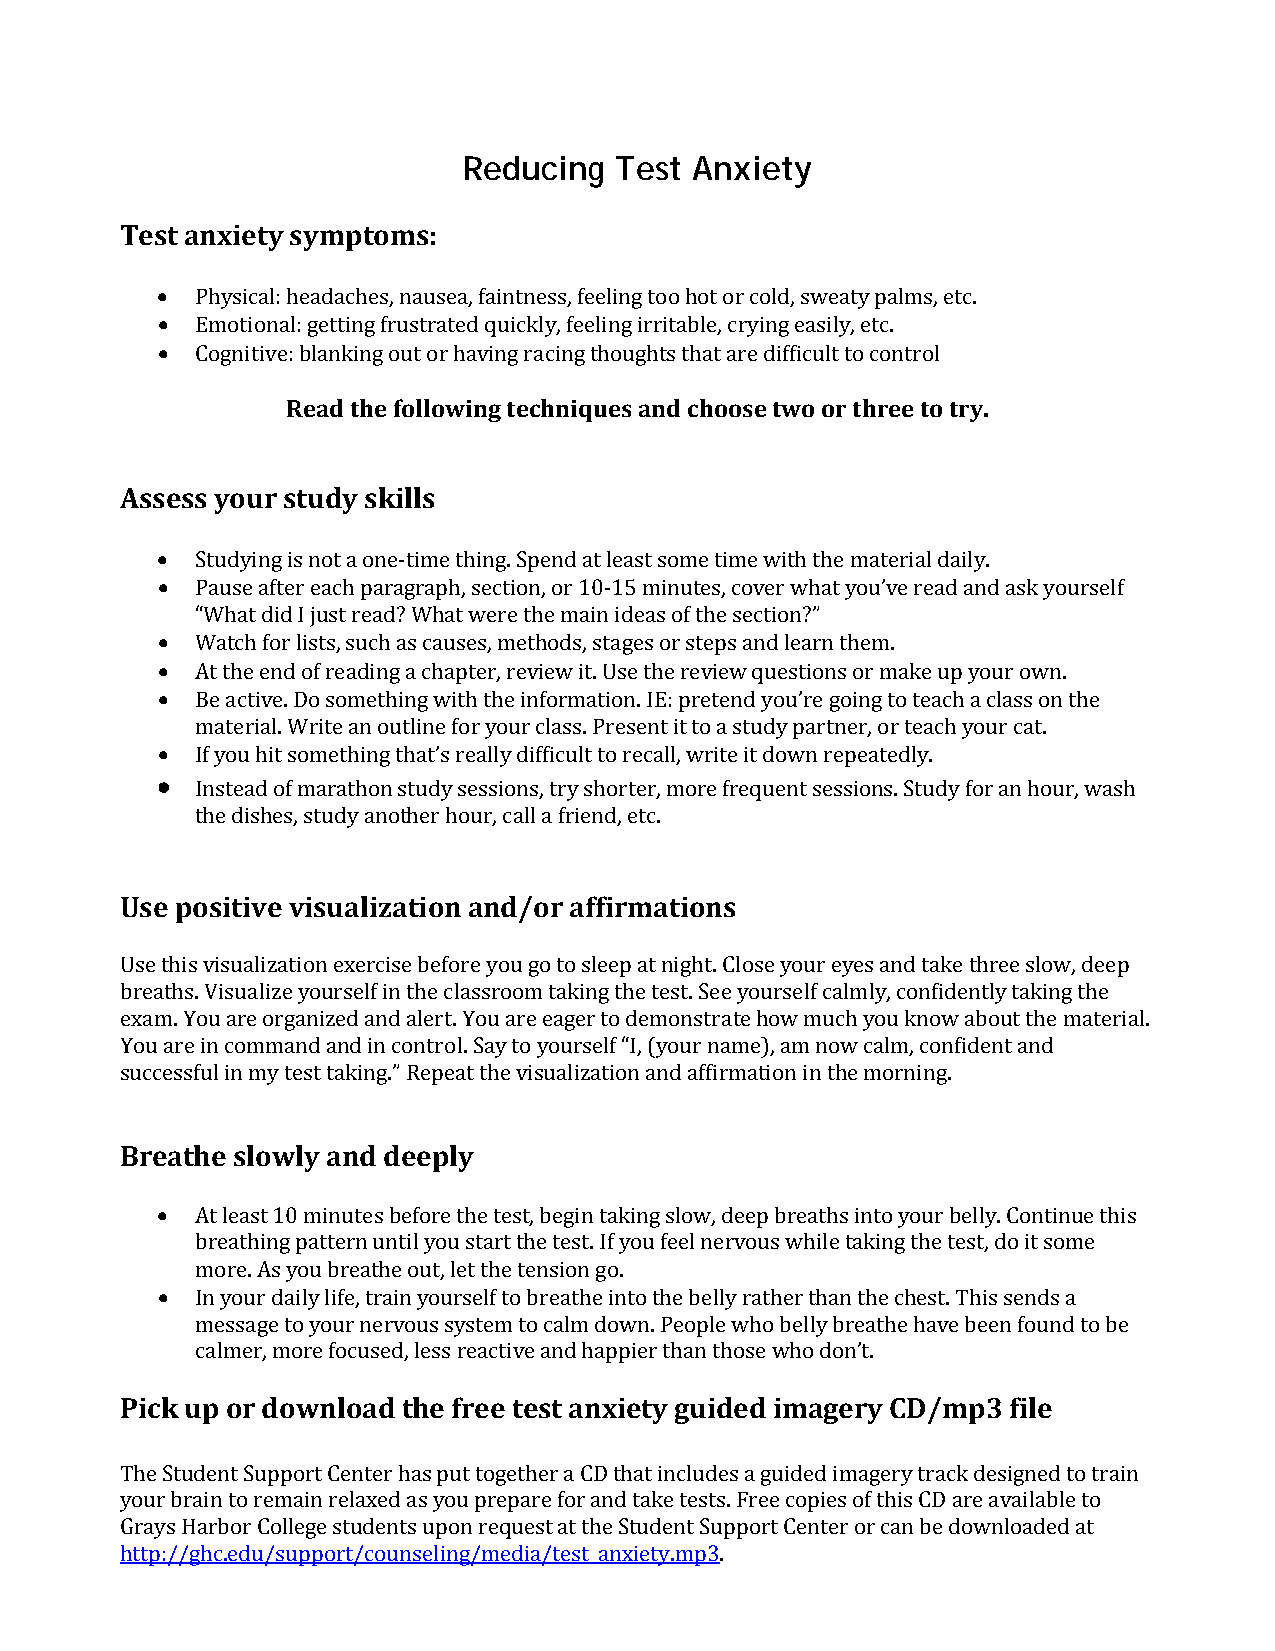
Reducing  Test Anxiety
 Test anxiety symptoms:
 •
 •
 •  Physical: headaches, nausea, faintness, feeling too hot or cold, sweaty palms, etc.
 Emotional: getting frustrated quickly, feeling irritable, crying easily, etc.
 CognitiveR: belaandk tihnge ofuotl loorw hianvgin tge rcahcinnigq tuheosu gahntds tchhaot aorsee d tiwffiocu oltr t oth croenetr tool try.
 A ssess your study skills
 •
 •
 Studying is not a one-time thing. Spend at least some time with the material daily.
 •  Pause after each paragraph, section, or 10-15 minutes, cover what you’ve read and ask yourself
 •  “What did I just read? What were the main ideas of the section?”
 •  Watch for lists, such as causes, methods, stages or steps and learn them.
 At the end of reading a chapter, review it. Use the review questions or make up your own.
 •  Be active. Do something with the information. IE: pretend you’re going to teach a class on the
 •  material. Write an outline for your class. Present it to a study partner, or teach your cat.
 If you hit something that’s really difficult to recall, write it down repeatedly.
 Instead of marathon study sessions, try shorter, more frequent sessions. Study for an hour, wash
 the dishes, study another hour, call a friend, etc.
 Use positive visualization and/or affirmations
 Use this visualization exercise before you go to sleep at night. Close your eyes and take three slow, deep
 breaths. Visualize yourself in the classroom taking the test. See yourself calmly, confidently taking the
 exam. You are organized and alert. You are eager to demonstrate how much you know about the material.
 You are in command and in control. Say to yourself “I, (your name), am now calm, confident and
 successful in my test taking.” Repeat the visualization and affirmation in the morning.
 B reathe slowly and deeply
 •
 At least 10 minutes before the test, begin taking slow, deep breaths into your belly. Continue this
 •  breathing pattern until you start the test. If you feel nervous while taking the test, do it some
 more. As you breathe out, let the tension go.
 In your daily life, train yourself to breathe into the belly rather than the chest. This sends a
 message to your nervous system to calm down. People who belly breathe have been found to be
 Pick ucpal moerr d, moowren folocuasded t, hleess frreeacet itvee sant da hnaxpipeietry t hgauni tdhoesde wimhoa dgoenr’ty. CD/mp3 file
 The Student Support Center has put together a CD that includes a guided imagery track designed to train
 your brain to remain relaxed as you prepare for and take tests. Free copies of this CD are available to
 Grays Harbor College students upon request at the Student Support Center or can be downloaded at
 http://ghc.edu/support/counseling/media/test_anxiety.mp3.